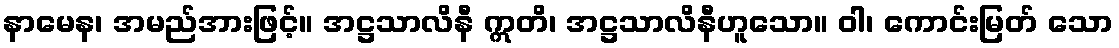
နာမေန၊ အမည်အားဖြင့်။ အဋ္ဌသာလိနီ ဣတိ၊ အဋ္ဌသာလိနီဟူသော။ ဝါ၊ ကောင်းမြတ် သော